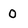
Character: O